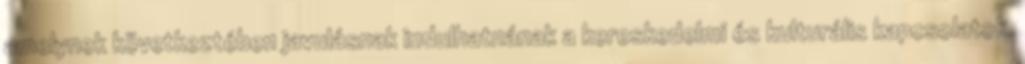
amelynek következtében javulásnak indulhatnának a kereskedelmi és kulturális kapcsolatok.